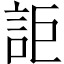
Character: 詎